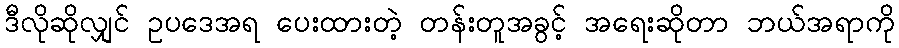
ဒီလိုဆိုလျှင် ဥပဒေအရ ပေးထားတဲ့ တန်းတူအခွင့် အရေးဆိုတာ ဘယ်အရာကို